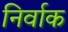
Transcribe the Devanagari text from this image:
निर्वाक